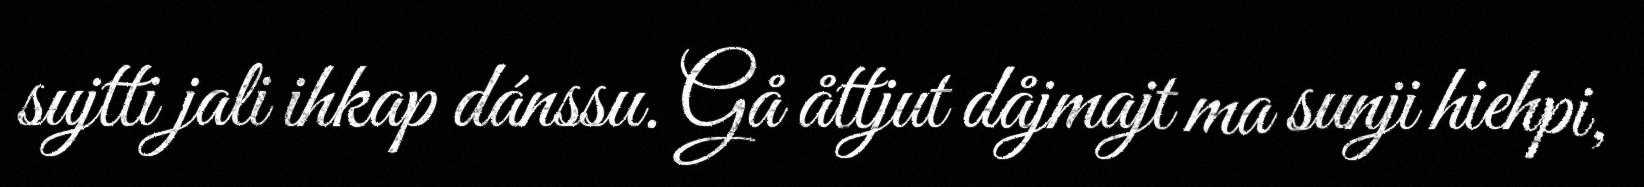
sujtti jali ihkap dánssu. Gå åttjut dåjmajt ma sunji hiehpi,